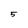
Character: 5